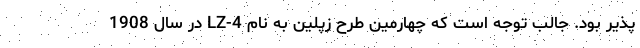
پذیر بود. جالب توجه است که چهارمین طرح زپلین به نام LZ-4 در سال 1908